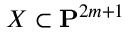
X \subset \mathbf { P } ^ { 2 m + 1 }